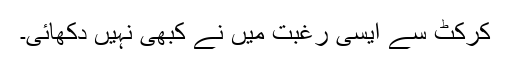
کرکٹ سے ایسی رغبت میں نے کبھی نہیں دکھائی۔